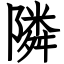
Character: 隣